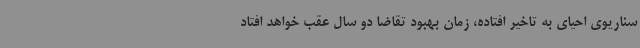
سناریوی احیای به تاخیر افتاده، زمان بهبود تقاضا دو سال عقب خواهد افتاد